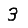
Digit: 3